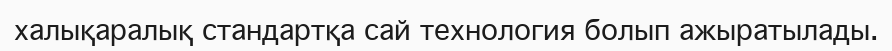
халықаралық стандартқа сай технология болып ажыратылады.